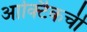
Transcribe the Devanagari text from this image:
आर्क्टिकची